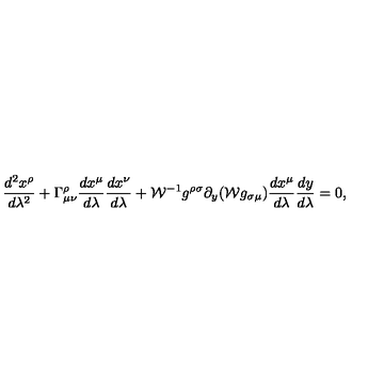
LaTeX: { \frac { d ^ { 2 } x ^ { \rho } } { d \lambda ^ { 2 } } } + \Gamma _ { \mu \nu } ^ { \rho } { \frac { d x ^ { \mu } } { d \lambda } } { \frac { d x ^ { \nu } } { d \lambda } } + { \cal W } ^ { - 1 } g ^ { \rho \sigma } \partial _ { y } ( { \cal W } g _ { \sigma \mu } ) { \frac { d x ^ { \mu } } { d \lambda } } { \frac { d y } { d \lambda } } = 0 ,